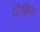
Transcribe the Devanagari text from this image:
टिल्लिस